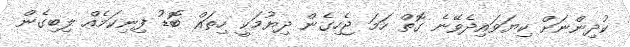
ކުދިންނަށް ކިޔަވައިދެވޭނެ ގޮތް ހަމަ ޖެހިގެން ދިޔުމަކީ ހިތައް ބޮޑު ފިނިކަމެއް ލިބިގެން